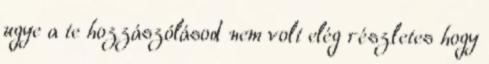
ugye a te hozzászólásod nem volt elég részletes hogy